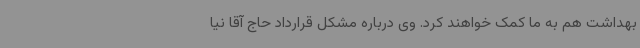
بهداشت هم به ما کمک خواهند کرد. وی درباره مشکل قرارداد حاج آقا نیا